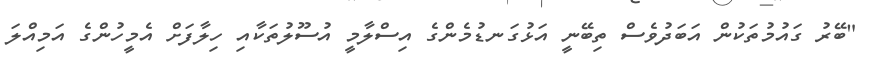
"ބޭރު ގައުމުތަކުން އަބަދުވެސް ތިބޭނީ އަޅުގަނޑުމެންގެ އިސްލާމީ އުސޫލުތަކާއި ހިލާފަށް އެމީހުންގެ އަމިއްލަ